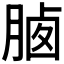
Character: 𣍽